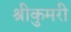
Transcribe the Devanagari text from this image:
श्रीकुमरी